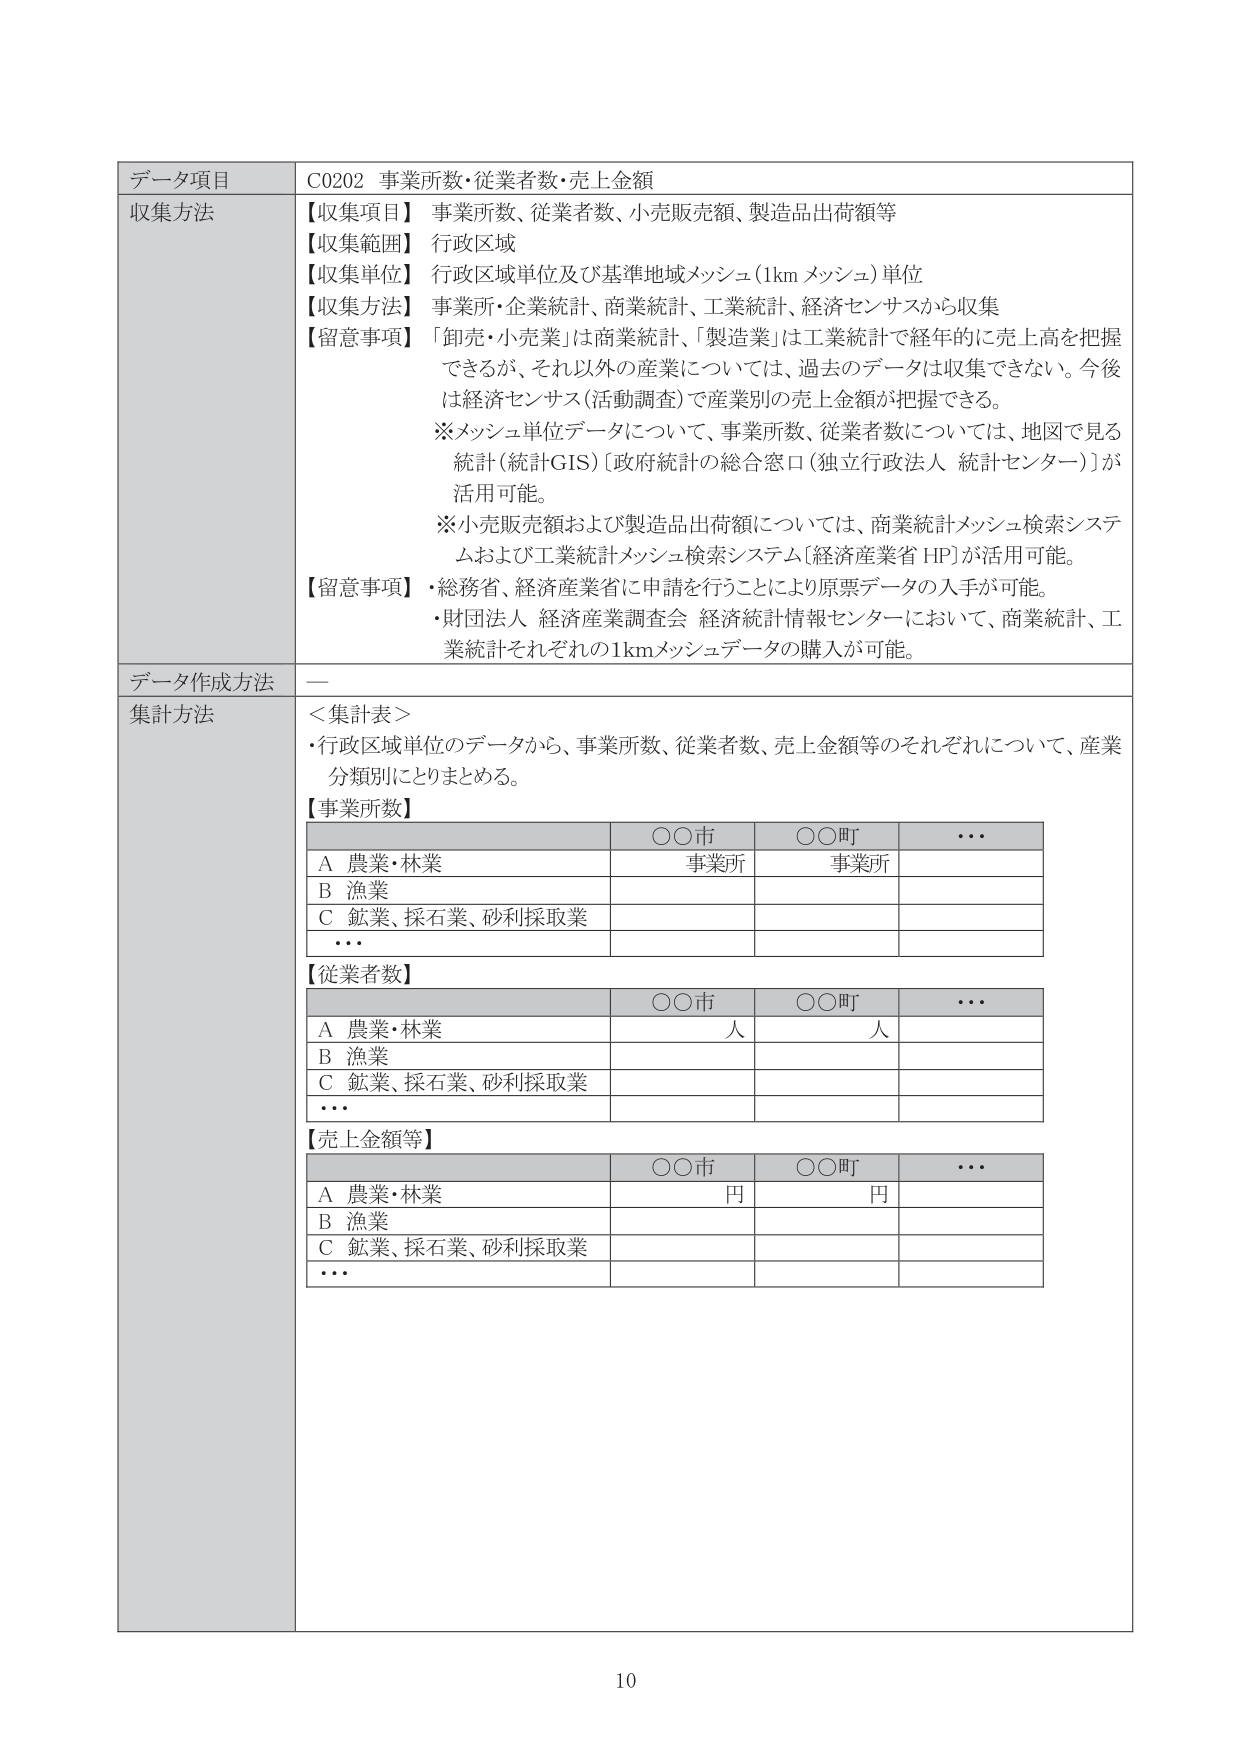
データ項目　C0202 事業所数・従業者数・売上金額
収集方法
【収集項目】 事業所数、従業者数、小売販売額、製造品出荷額等
【収集範囲】 行政区域
【収集単位】 行政区域単位及び基準地域メッシュ（1km メッシュ）単位
【収集方法】 事業所・企業統計、商業統計、工業統計、経済センサスから収集
【留意事項】 「卸売・小売業」は商業統計、「製造業」は工業統計で経年的に売上高を把握できるが、それ以外の産業については、過去のデータは収集できない。今後は経済センサス（活動調査）で産業別の売上金額が把握できる。
※メッシュ単位データについて、事業所数、従業者数については、地図で見る統計（統計GIS）［政府統計の総合窓口（独立行政法人 統計センター）］が活用可能。
※小売販売額および製造品出荷額については、商業統計メッシュ検索システムおよび工業統計メッシュ検索システム［経済産業省 HP］が活用可能。
【留意事項】 ・総務省、経済産業省に申請を行うことにより原票データの入手が可能。
・財団法人 経済産業調査会 経済統計情報センターにおいて、商業統計、工業統計それぞれの1kmメッシュデータの購入が可能。

データ作成方法　—
集計方法
＜集計表＞
・行政区域単位のデータから、事業所数、従業者数、売上金額等のそれぞれについて、産業分類別にとりまとめる。

【事業所数】
　　　　　　　　　　　〇〇市　　　　　〇〇町　　　　　・・・
A 農業・林業　　　　　　事業所　　　　　事業所
B 漁業
C 鉱業、採石業、砂利採取業
・・・

【従業者数】
　　　　　　　　　　　〇〇市　　　　　〇〇町　　　　　・・・
A 農業・林業　　　　　　人　　　　　　　人
B 漁業
C 鉱業、採石業、砂利採取業
・・・

【売上金額等】
　　　　　　　　　　　〇〇市　　　　　〇〇町　　　　　・・・
A 農業・林業　　　　　　円　　　　　　　円
B 漁業
C 鉱業、採石業、砂利採取業
・・・

10